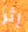
إثر